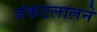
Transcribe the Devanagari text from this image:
बंकटलालने